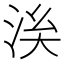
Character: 𣴌